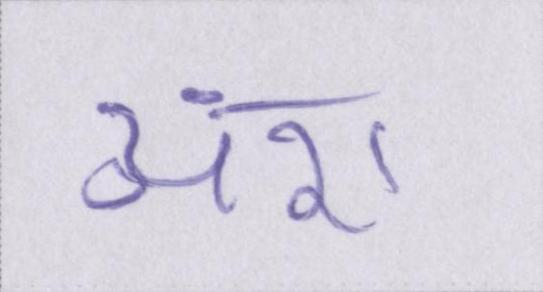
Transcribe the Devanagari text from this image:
अंश